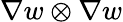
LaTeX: \nabla w\otimes\nabla w